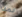
لمادا